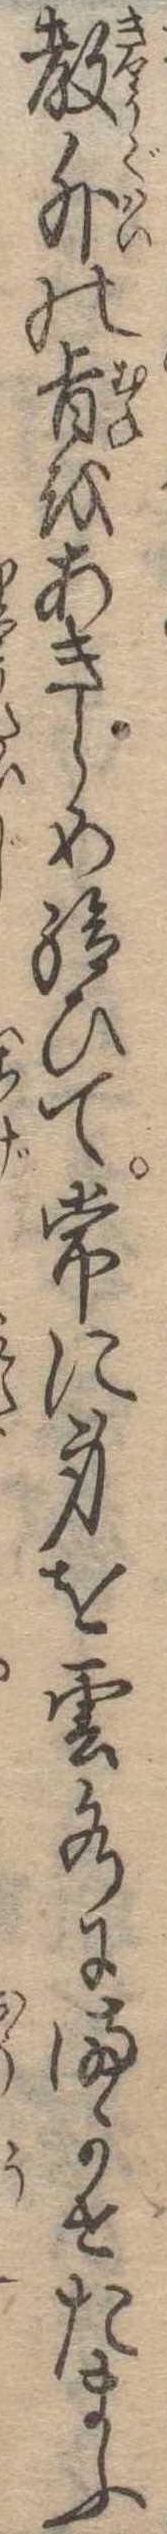
教外の旨をあきらめ給ひて常に身を雲水にまかせたまふ